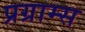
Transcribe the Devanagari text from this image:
प्रग्राम्स